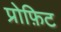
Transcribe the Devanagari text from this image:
प्रोफ़िट